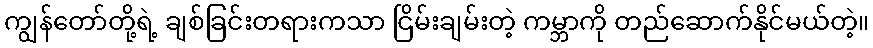
ကျွန်တော်တို့ရဲ့ ချစ်ခြင်းတရားကသာ ငြိမ်းချမ်းတဲ့ ကမ္ဘာကို တည်ဆောက်နိုင်မယ်တဲ့။